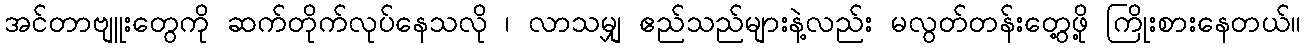
အင်တာဗျူးတွေကို ဆက်တိုက်လုပ်နေသလို ၊ လာသမျှ ဧည်သည်များနဲ့လည်း မလွတ်တန်းတွေ့ဖို့ ကြိုးစားနေတယ်။